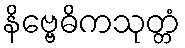
နိဗ္ဗေဓိကသုတ္တံ